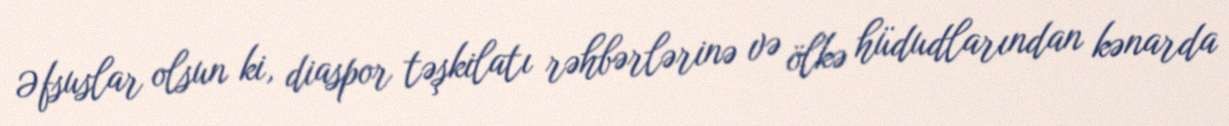
Əfsuslar olsun ki, diaspor təşkilatı rəhbərlərinə və ölkə hüdudlarından kənarda